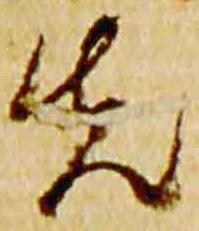
先